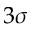
3 \sigma